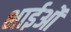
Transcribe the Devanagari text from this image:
भाईओं